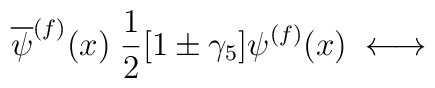
\overline{\psi}^{(f)}(x) \; \frac{1}{2}[1 \pm \gamma_5 ] \psi^{(f)}(x) \; \longleftrightarrow